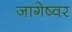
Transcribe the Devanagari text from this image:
जागेष्वर